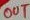
Text: OUT